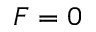
F = 0